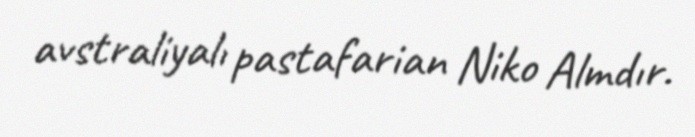
avstraliyalı pastafarian Niko Almdır.